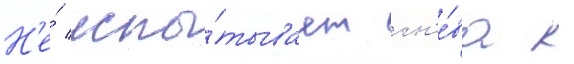
Н'е́ испы́тывает гн'е́ва к